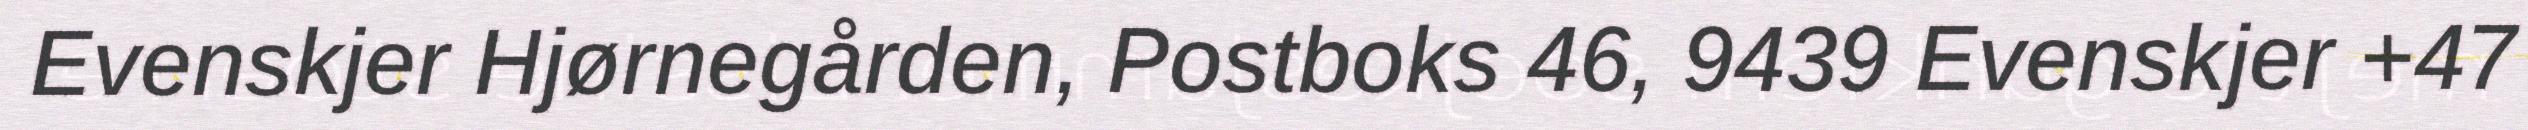
Evenskjer Hjørnegården, Postboks 46, 9439 Evenskjer +47